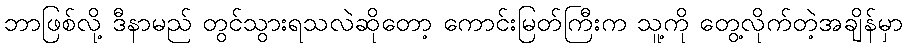
ဘာဖြစ်လို့ ဒီနာမည် တွင်သွားရသလဲဆိုတော့ ကောင်းမြတ်ကြီးက သူ့ကို တွေ့လိုက်တဲ့အချိန်မှာ